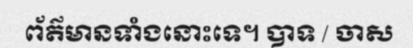
ព័ត៌មានទាំងនោះទេ។ បាទ / ចាស